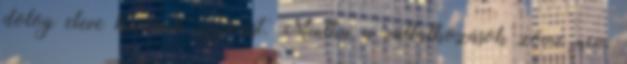
dolog eleve kizárná egymást. Mintha a vállalkozások zöme nem